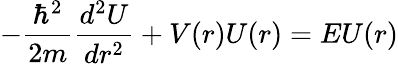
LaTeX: -{\frac{\hbar^{2}}{2m}}{\frac{d^{2}U}{dr^{2}}}+V(r)U(r)=EU(r)